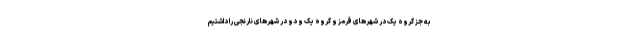
به جز گروه یک در شهرهای قرمز و گروه یک و دو در شهرهای نارنجی را داشتیم